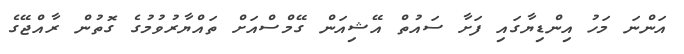
އަންނަ މަހު އިންޑިޔާގައި ފަށާ ސައުތް އޭޝިއަން ގޭމްސްއަށް ތައްޔާރުވުމުގެ ގޮތުން ރާއްޖޭގެ